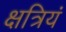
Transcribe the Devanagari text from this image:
क्षत्रियं